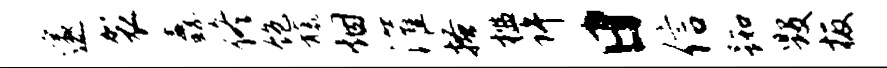
邃袈纛佟饱旒烟灌搔槛许日信踟毁板